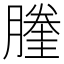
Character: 𰯙